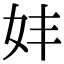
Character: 妦